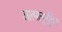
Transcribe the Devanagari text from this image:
आत्मानुभूति।